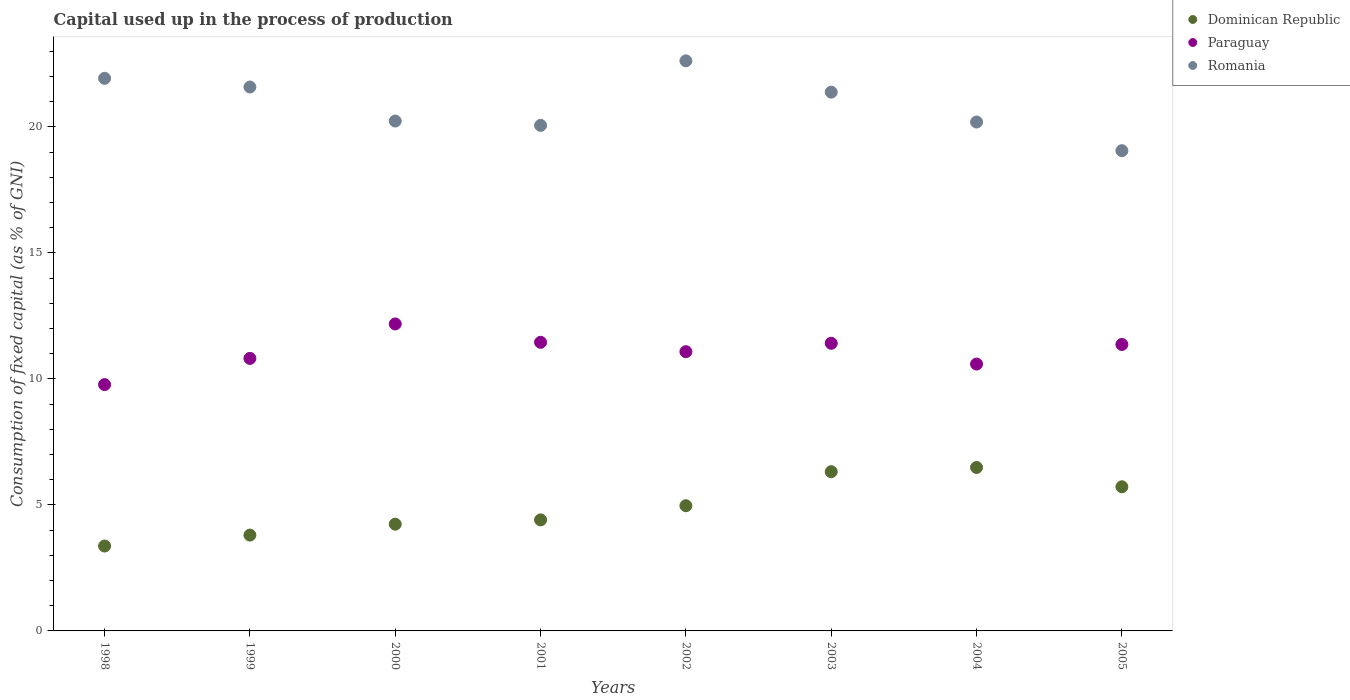
| Years | Dominican Republic | Paraguay | Romania |
 | --- | --- | --- | --- |
 | 1998 | 3.37 | 9.77 | 21.9 |
 | 1999 | 3.8 | 10.8 | 21.6 |
 | 2000 | 4.24 | 12.2 | 20.2 |
 | 2001 | 4.41 | 11.5 | 20.1 |
 | 2002 | 4.97 | 11.1 | 22.6 |
 | 2003 | 6.32 | 11.4 | 21.4 |
 | 2004 | 6.49 | 10.6 | 20.2 |
 | 2005 | 5.72 | 11.4 | 19.1 |